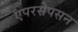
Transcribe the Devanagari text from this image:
एपरसेपसन